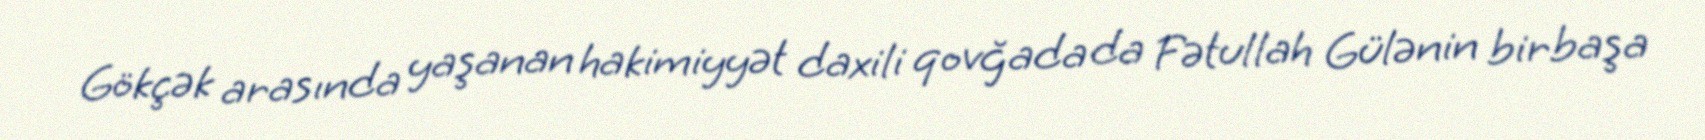
Gökçək arasında yaşanan hakimiyyət daxili qovğada da Fətullah Gülənin birbaşa